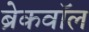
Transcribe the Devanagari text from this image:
ब्रेकवॉल